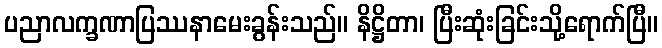
ပညာလက္ခဏာပြဿနာမေးခွန်းသည်။ နိဋ္ဌိတာ၊ ပြီးဆုံးခြင်းသို့ရောက်ပြီ။